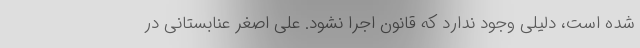
شده است، دلیلی وجود ندارد که قانون اجرا نشود. علی اصغر عنابستانی در